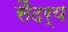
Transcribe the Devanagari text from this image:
सैंदर्य